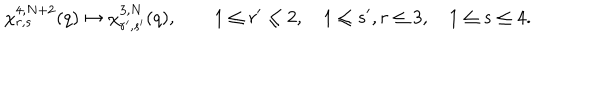
\chi _ { r , s } ^ { 4 , N + 2 } ( q ) \mapsto \chi _ { r ^ { \prime } , s ^ { \prime } } ^ { 3 , N } ( q ) , \qquad 1 \le r ^ { \prime } \le 2 , \quad 1 \le s ^ { \prime } , r \le 3 , \quad 1 \le s \le 4 .